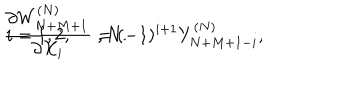
LaTeX: { \frac { \partial W _ { N + M + 1 } ^ { ( N ) } } { \partial X _ { i } } } = ( - 1 ) ^ { i + 1 } Y _ { N + M + 1 - i } ^ { ( N ) } , \hspace { 1 0 m m } i = 1 , 2 , \cdots , N .